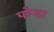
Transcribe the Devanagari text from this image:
पोऱ्या